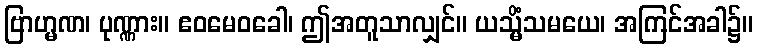
ဗြာဟ္မဏ၊ ပုဏ္ဏား။ ဧဝမေဝခေါ၊ ဤအတူသာလျှင်။ ယသ္မိံသမယေ၊ အကြင်အခါ၌။